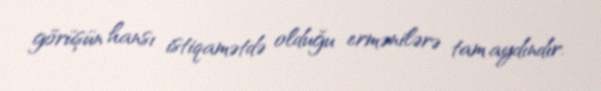
görüşün hansı istiqamətdə olduğu ermənilərə tam aydındır.